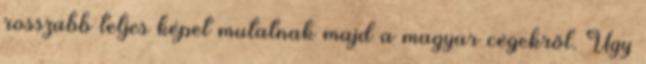
rosszabb teljes képet mutatnak majd a magyar cégekről. Úgy